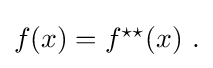
{\textstyle f(x)=f^{\star \star }(x)~.}